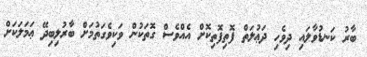
ބާރު ކަނޑުވާލައި ދިވެހި ދަޢުލަތް ފޮތިފޮތިކޮށް އެއްވެސް ގޮތަކުން ވަކިވެގަތުމަށް ބާރުލިބިދޭ ޢަމަލަކަށް